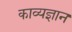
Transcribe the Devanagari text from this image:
काव्यज्ञान